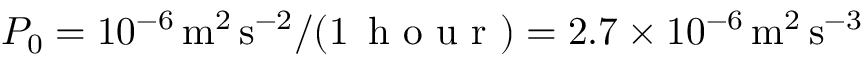
P _ { 0 } = 1 0 ^ { - 6 } \, \mathrm { { m ^ { 2 } \, s ^ { - 2 } } / ( 1 \, \textrm { h o u r } ) = 2 . 7 \times 1 0 ^ { - 6 } \, \mathrm { { m ^ { 2 } \, s ^ { - 3 } } } }